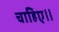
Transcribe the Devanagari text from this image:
चाहिए॥